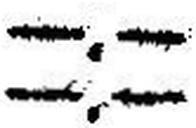
—.—